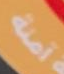
آمنة